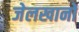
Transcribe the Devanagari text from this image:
जेलखानों